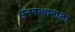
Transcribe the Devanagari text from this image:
पुनरुत्थानाला